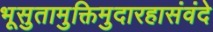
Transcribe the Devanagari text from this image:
भूसुतामुक्तिमुदारहासंवंदे